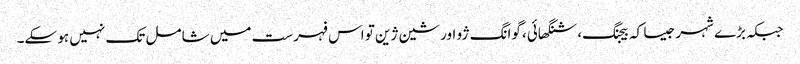
جبکہ بڑے شہر جیسا کہ بیجنگ، شنگھائی، گوانگ ژو اور شین ژین تو اس فہرست میں شامل تک نہیں ہو سکے۔